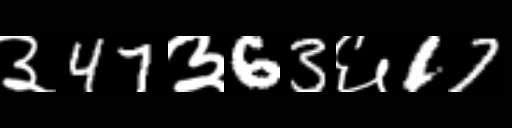
Text: ३47३63६17